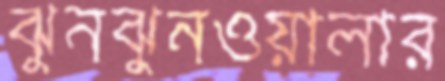
ঝুনঝুনওয়ালার